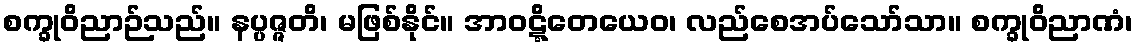
စက္ခုဝိညာဉ်သည်။ နပ္ပဇ္ဇတိ၊ မဖြစ်နိုင်။ အာဝဋ္ဋိတေယေဝ၊ လည်စေအပ်သော်သာ။ စက္ခုဝိညာဏံ၊